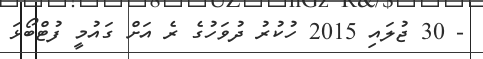
- 30 ޖުލައި 2015 ހުކުރު ދުވަހުގެ ރެ އަށް ގައުމީ ފުޓްބޯޅަ